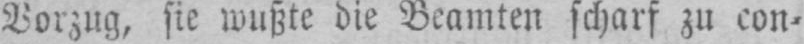
Vorzug, sie wußte die Beamten scharf zu con⸗